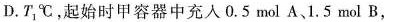
D.T_{1} ℃，起始时甲容器中充入0.5mol A、1.5mol B，